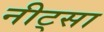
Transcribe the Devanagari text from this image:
नीट्सा